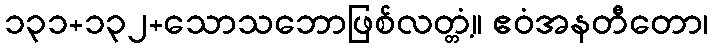
၁၃၁+၁၃၂+သောသဘောဖြစ်လတ္တံ့။ ဧဝံအနတီတော၊